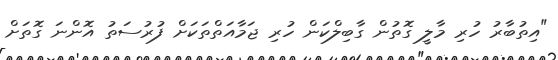
"އިތުބާރު ހުރި މާލީ ގޮތުން ގާބިލްކަން ހުރި ޖަމާއަތްތަކަށް ފުރުސަތު އޮންނަ ގޮތަށް